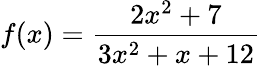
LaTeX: f(x)={\frac{2x^{2}+7}{3x^{2}+x+12}}